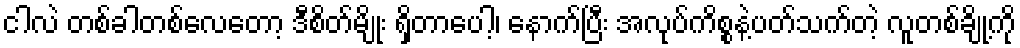
ငါလဲ တစ်ခါတစ်လေတော့ ဒီစိတ်မျိုး ရှိတာပေါ့၊ နောက်ပြီး အလုပ်ကိစ္စနဲ့ပတ်သက်တဲ့ လူတစ်ချို့ကို